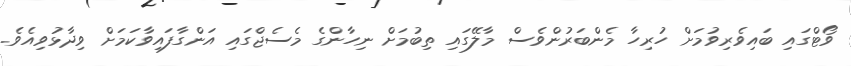
ވޯޓްގައި ބައިވެރިވުމަށް ހުރިހާ މެންބަރުންވެސް މާލޭގައި ތިބުމަށް ނިހާންގެ މެސެޖްގައި އަންގާފައިވާކަމަށް ވިދާޅުވިއެވެ.